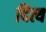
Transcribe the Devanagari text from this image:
दित्य